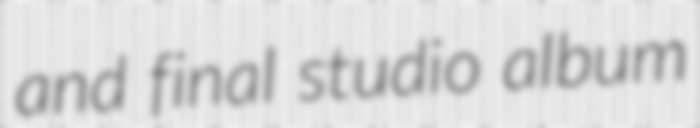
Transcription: and final studio album